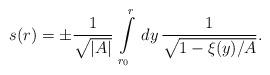
LaTeX: \begin{align*}s(r) = \pm \frac{1}{\sqrt{\vert A \vert}}\, \int\limits_{r_0}^r \, dy \,\frac{1}{\sqrt{1 - \xi(y)/A}}.\end{align*}